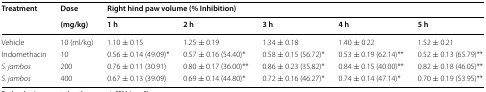
| <ROWSPAN=2> Treatment | Dose | <COLSPAN=5> Right hind paw volume (% Inhibition) |
 | (mg/kg) | 1 h | 2 h | 3 h | 4 h | 5 h |
 | --- | --- | --- | --- | --- | --- | --- |
 | Vehicle | 10 (ml/kg) | 1.10 ± 0.15 | 1.25 ± 0.19 | 1.34 ± 0.18 | 1.40 ± 0.22 | 1.52 ± 0.21 |
 | Indomethacin | 10 | 0.56 ± 0.14 (49.09)* | 0.57 ± 0.16 (54.40)* | 0.58 ± 0.15 (56.72)* | 0.53 ± 0.19 (62.14)** | 0.52 ± 0.13 (65.79)** |
 | S. jambos | 200 | 0.76 ± 0.11 (30.91) | 0.80 ± 0.17 (36.00)** | 0.86 ± 0.23 (35.82)* | 0.84 ± 0.15 (40.00)** | 0.82 ± 0.18 (46.05)** |
 | S. jambos | 400 | 0.67 ± 0.13 (39.09) | 0.69 ± 0.14 (44.80)* | 0.72 ± 0.16 (46.27)* | 0.74 ± 0.14 (47.14)* | 0.70 ± 0.19 (53.95)** |